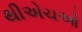
થીએચઓ